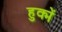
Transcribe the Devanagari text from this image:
हुक्में